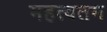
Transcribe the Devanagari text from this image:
महत्वतम